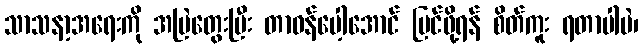
သာသနာ့အရေးကို အမြဲတွေးပြီး တာဝန်ပေါ့အောင် ပြင်ဖို့ရန် စိတ်ကူး ရတာပါပဲ၊